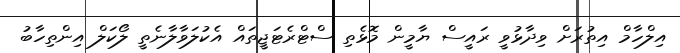
އިލްހާމް އިތުރަށް ވިދާޅުވީ ރައީސް ޔާމީން މޮޅެތި ސްޓްރެޓަޖީތައް އެކުލަވާލާނެތީ ލޯކަލް އިންތިހާބު